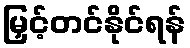
မြှင့်တင်နိုင်ရန်